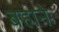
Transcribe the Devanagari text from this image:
बहानेः